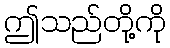
ဤသည်တို့ကို